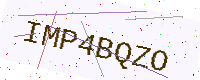
Text: IMP4BQZO